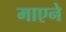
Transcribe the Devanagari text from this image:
माएने